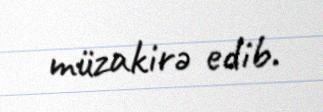
müzakirə edib.